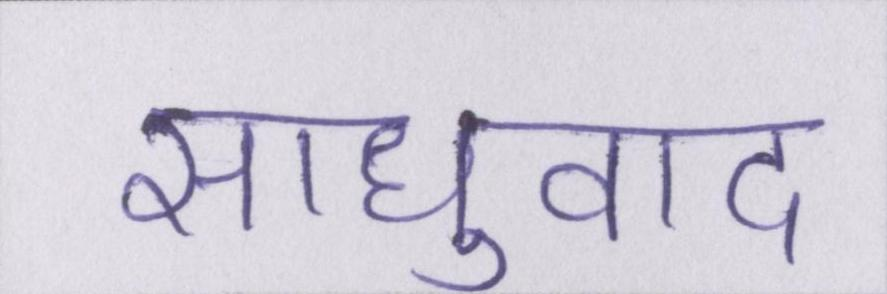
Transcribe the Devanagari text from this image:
साधुवाद